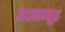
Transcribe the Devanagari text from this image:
पदमव्यूह